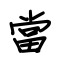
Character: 當